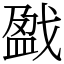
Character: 戤